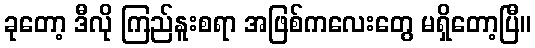
ခုတော့ ဒီလို ကြည်နူးစရာ အဖြစ်ကလေးတွေ မရှိတော့ပြီ။